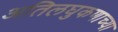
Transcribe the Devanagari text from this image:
अतिलघुकणाच्या